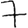
Digit: 7